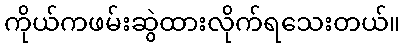
ကိုယ်ကဖမ်းဆွဲထားလိုက်ရသေးတယ်။